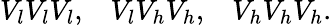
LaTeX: V_{l}V_{l}V_{l},\; \; \; V_{l}V_{h}V_{h},\; \; \; V_{h}V_{h}V_{h}.